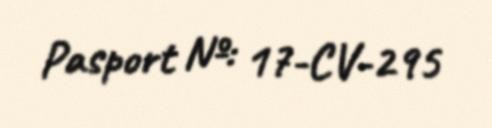
Pasport №: 17-CV-295